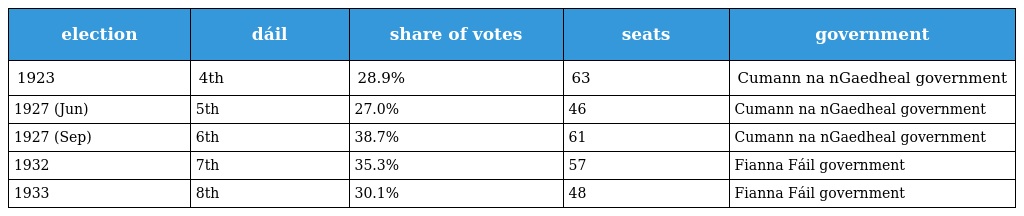
| election | dáil | share of votes | seats | government |
 | --- | --- | --- | --- | --- |
 | 1923 | 4th | 28.9% | 63 | Cumann na nGaedheal government |
 | 1927 (Jun) | 5th | 27.0% | 46 | Cumann na nGaedheal government |
 | 1927 (Sep) | 6th | 38.7% | 61 | Cumann na nGaedheal government |
 | 1932 | 7th | 35.3% | 57 | Fianna Fáil government |
 | 1933 | 8th | 30.1% | 48 | Fianna Fáil government |